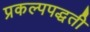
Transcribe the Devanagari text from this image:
प्रकल्पपद्धती